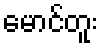
မောင်တူး